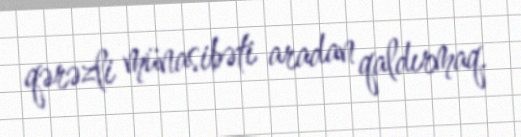
qərəzli münasibəti aradan qaldırmaq.